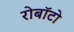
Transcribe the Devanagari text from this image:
रोबॉटो